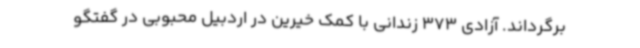
برگرداند. آزادی 373 زندانی با کمک خیرین در اردبیل محبوبی در گفتگو